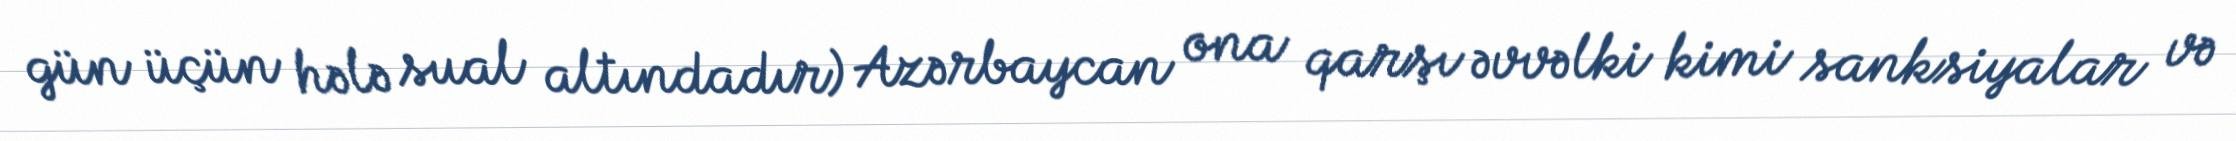
gün üçün hələ sual altındadır) Azərbaycan ona qarşı əvvəlki kimi sanksiyalar və